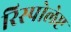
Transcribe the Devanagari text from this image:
रिस्पोलेप्ट